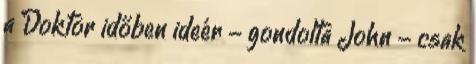
a Doktor időben ideér - gondolta John - csak